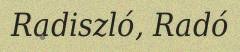
Radiszló, Radó